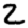
Digit: 2